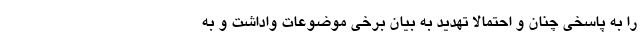
را به پاسخی چنان و احتمالا تهدید به بیان برخی موضوعات واداشت و به